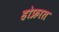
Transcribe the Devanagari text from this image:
होफ्रात